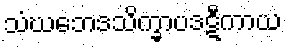
သံဃဘေဒသိက္ခာပဒဋီကာယ